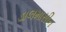
ડાલમાસીન